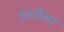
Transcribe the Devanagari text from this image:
उतरौला